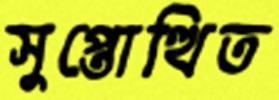
সুপ্তোত্থিত